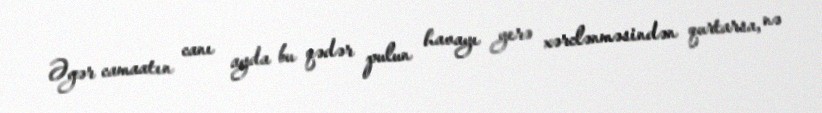
Əgər camaatın canı ayda bu qədər pulun havayı yerə xərclənməsindən qurtarsa, nə